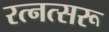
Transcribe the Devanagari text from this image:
रत्नत्सरू